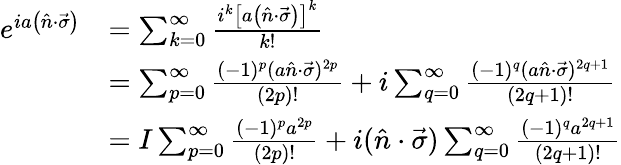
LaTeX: {\begin{array}{rl}{e^{ia\left({\hat{n}}\cdot{\vec{\sigma}}\right)}}&{=\sum_{k=0}^{\infty}{\frac{i^{k}\left[a\left({\hat{n}}\cdot{\vec{\sigma}}\right)\right]^{k}}{k!}}}\\ &{=\sum_{p=0}^{\infty}{\frac{(-1)^{p}(a{\hat{n}}\cdot{\vec{\sigma}})^{2p}}{(2p)!}}+i\sum_{q=0}^{\infty}{\frac{(-1)^{q}(a{\hat{n}}\cdot{\vec{\sigma}})^{2q+1}}{(2q+1)!}}}\\ &{=I\sum_{p=0}^{\infty}{\frac{(-1)^{p}a^{2p}}{(2p)!}}+i({\hat{n}}\cdot{\vec{\sigma}})\sum_{q=0}^{\infty}{\frac{(-1)^{q}a^{2q+1}}{(2q+1)!}}}\end{array}}